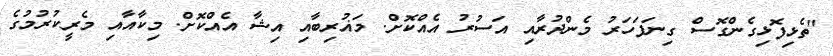
"ތެޅިފޮޅިގެންގޮސް ގިނަފަހަރު މެންދުރާއި އަސުރު އެއްކޮށް. މަޣުރިބާއި އިޝާ އެއްކޮށް. މިކާއާއި މެރީކުރުމުގެ